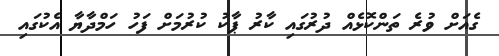
ގެއަށް ވުރެ ތަންކޮޅެއް ދުރުގައި ކާރު ޕާކު ކުރުމަށް ފަހު ހަމްދާޔާ އެކުގައި